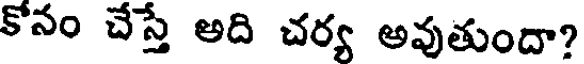
కోనం చేస్తే అది చర్య అవుతుందా?